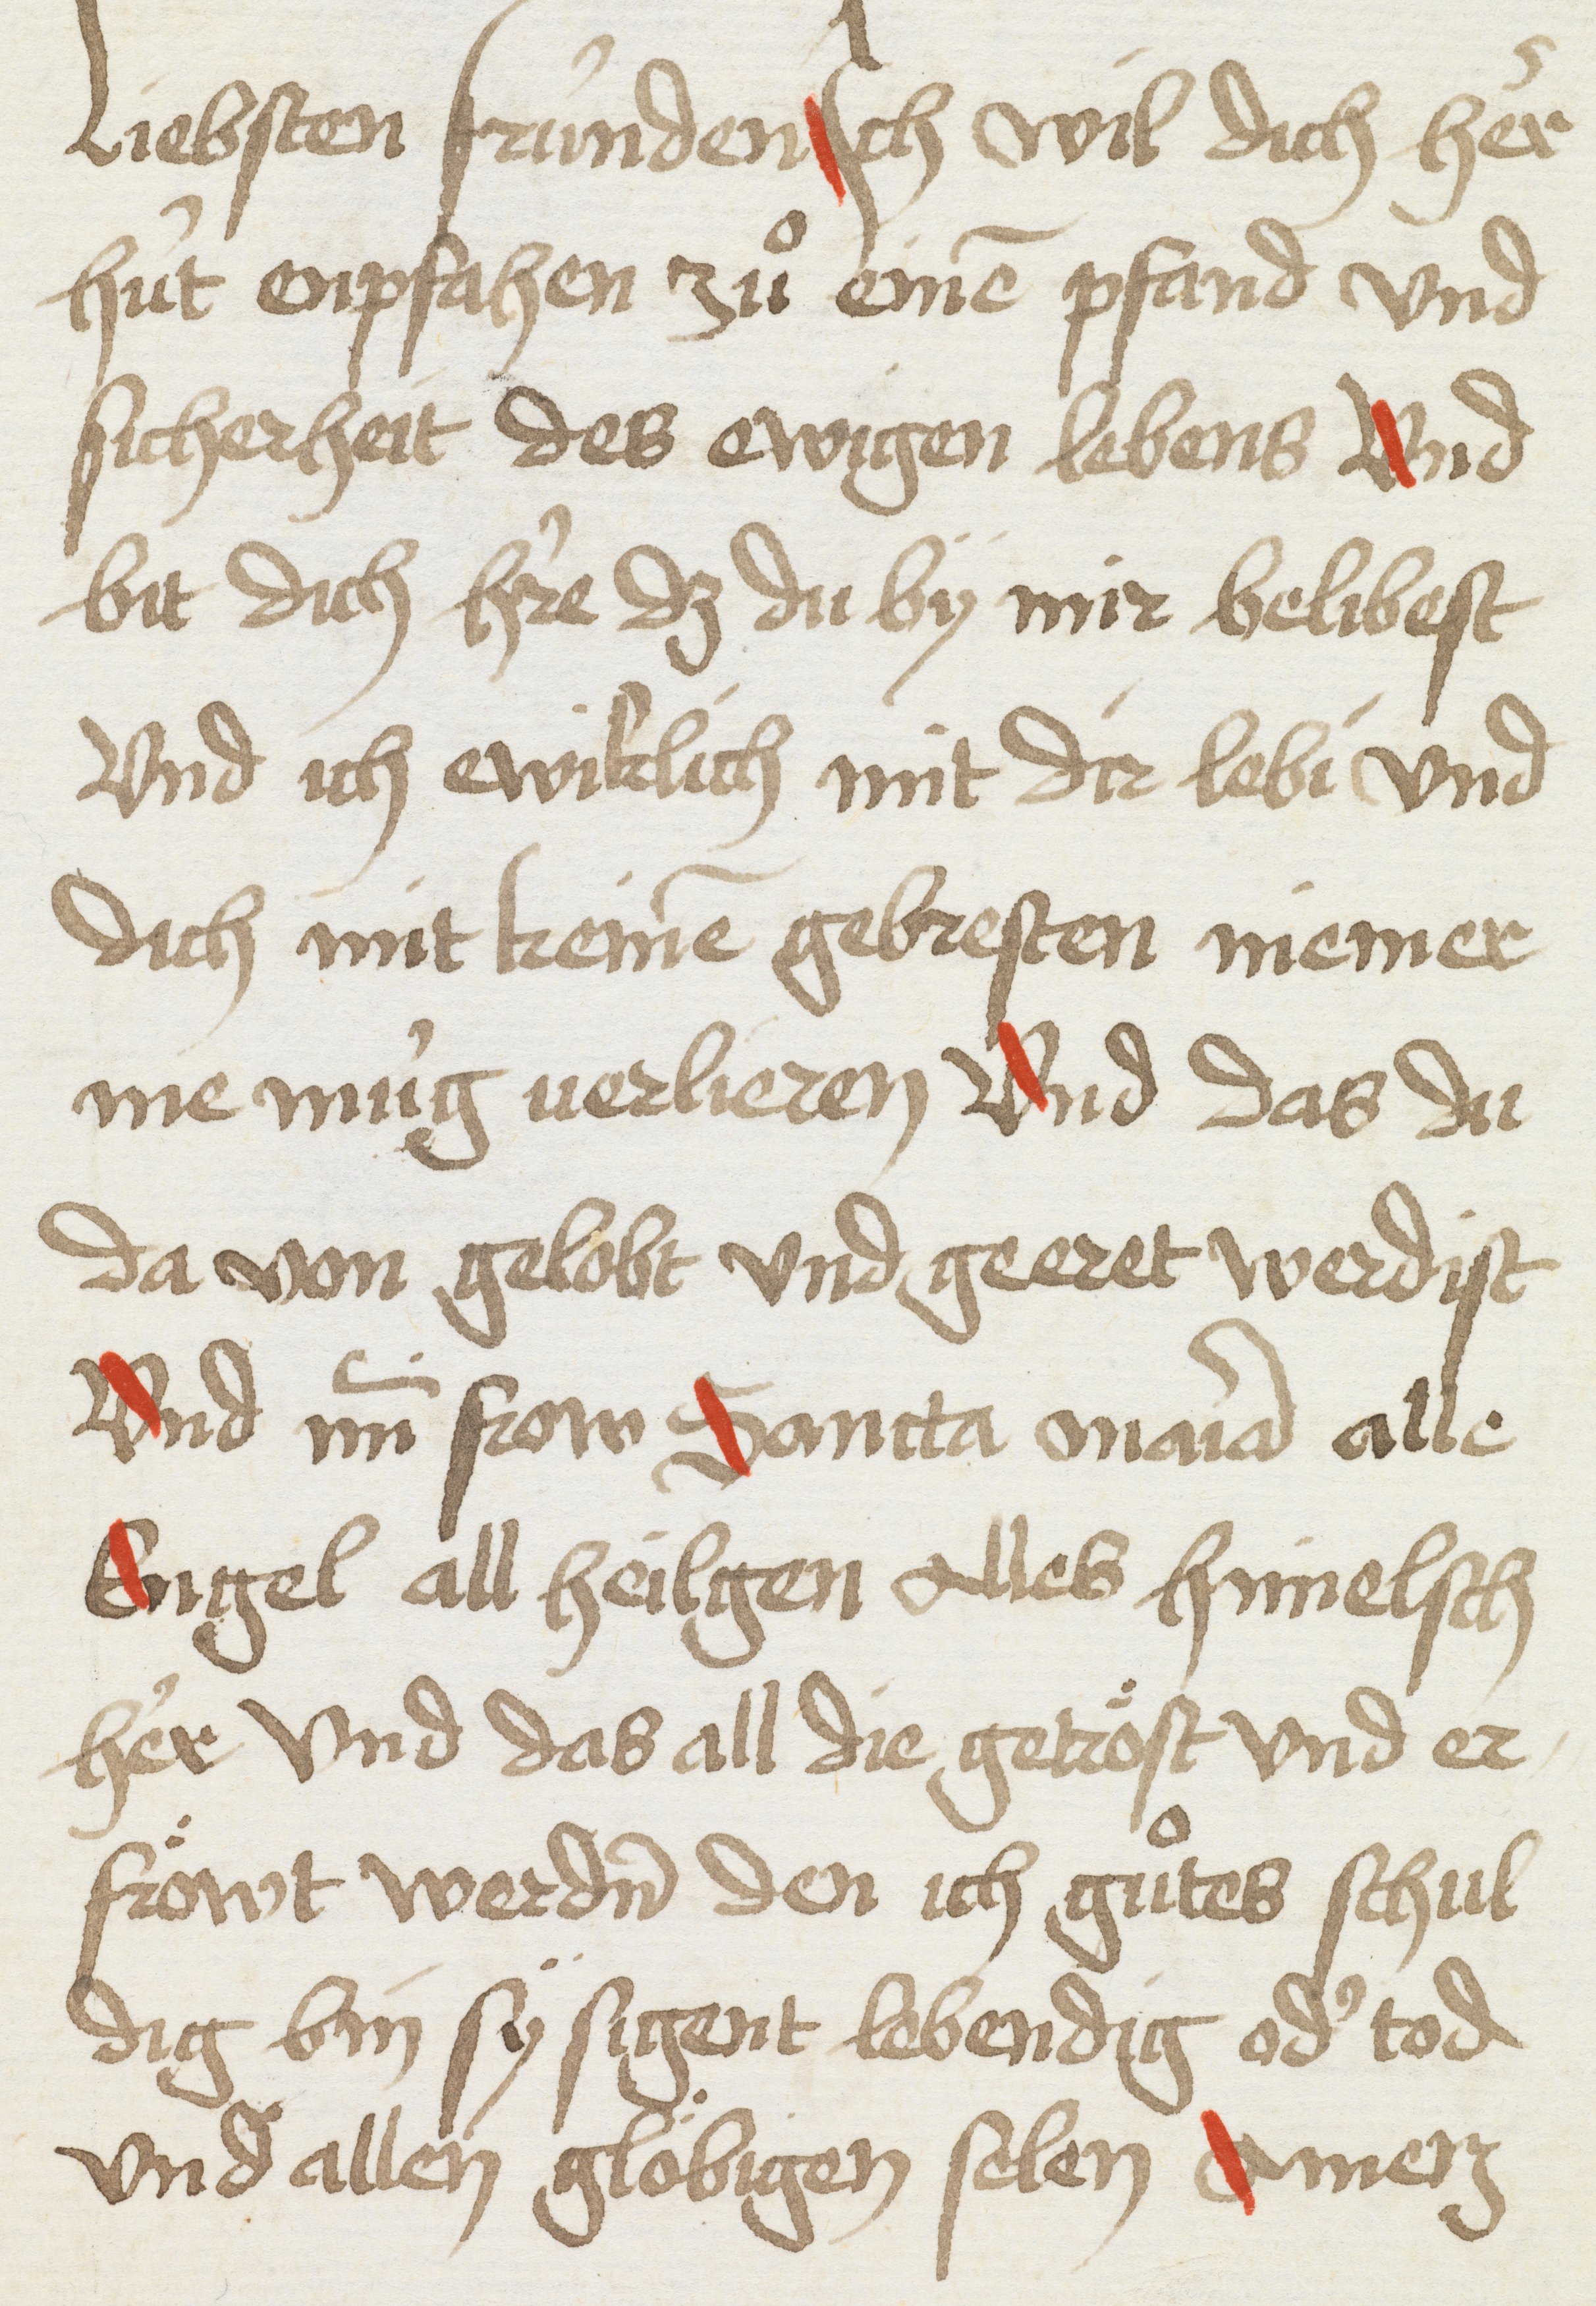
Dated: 1493–1493